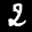
Label: 2